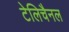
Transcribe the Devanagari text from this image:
टेलिचैनल